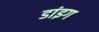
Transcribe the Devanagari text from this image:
डांइग